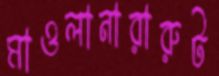
মাওলানারারুট